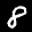
Label: 8